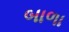
બાળા